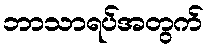
ဘာသာရပ်အတွက်